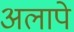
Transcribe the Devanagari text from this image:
अलापे